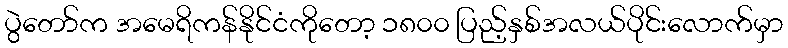
ပွဲတော်က အမေရိကန်နိုင်ငံကိုတော့ ၁၈၀၀ ပြည့်နှစ်အလယ်ပိုင်းလောက်မှာ